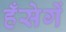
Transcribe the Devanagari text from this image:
हँसेगें